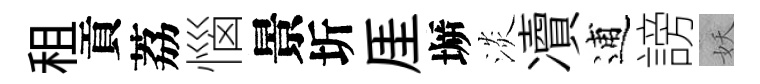
租貢荔惱景圻厓󶱲淡凟逋謗妖